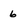
Character: 6